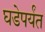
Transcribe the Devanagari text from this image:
घडेपर्यंत